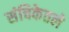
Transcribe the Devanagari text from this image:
संचिकेतले